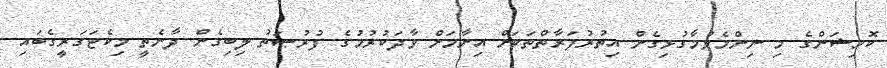
ކޮމިޝަންގެ މި ނިންމެވުމާގުޅިގެން އިތުރުފަރާތްތަކަށް އިނާމަށް ވާދަކުރުމުގެ ފުރުޞަތު ލިބިގެން ދާނެތީ މިކެޓަގަރީގެބައި